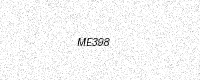
Text: ME398